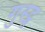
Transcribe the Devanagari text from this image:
गुस्ट्स